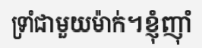
ទ្រាំជាមួយម៉ាក់។ខ្ញុំញ៉ាំ